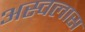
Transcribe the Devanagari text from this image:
अस्वलास